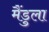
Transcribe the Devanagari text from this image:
मैंडुला